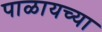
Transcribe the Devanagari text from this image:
पाळायच्या